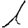
Digit: 1